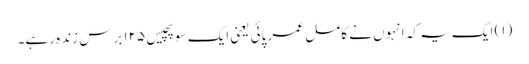
(۱) ایک یہ کہ انہوں نے کامل عمر پائی یعنی ایک سو پچیس ۱۲۵ برس زندہ رہے۔